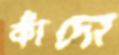
কাঁদো